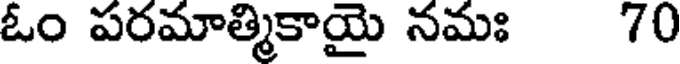
ఓం పరమాత్మికాయై నమః 70